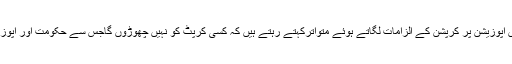
محترم وزیرِاعظم اپنے ہر خطاب میں اپوزیشن پر کرپشن کے الزامات لگاتے ہوئے متواترکہتے رہتے ہیں کہ کسی کرپٹ کو نہیں چھوڑوں گاجس سے حکومت اور اپوزیشن میں دوریاں بڑھتی جا رہی ہیں ۔